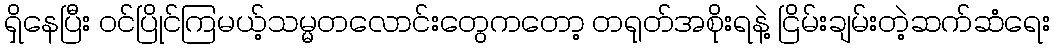
ရှိနေပြီး ဝင်ပြိုင်ကြမယ့်သမ္မတလောင်းတွေကတော့ တရုတ်အစိုးရနဲ့ ငြိမ်းချမ်းတဲ့ဆက်ဆံရေး